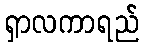
ရှာလကာရည်